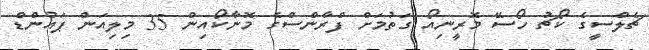
ޗެލްސީގެ ކޯޗު ހޯސޭ މޮރީނިއޯ ގަތުމަށް ފްރާންސްގެ މޮނާކޯއިން 35 މިލިއަން ޕައުންޑް